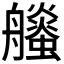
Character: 𧔶